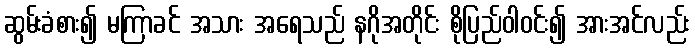
ဆွမ်းခံစား၍ မကြာခင် အသား အရေသည် နဂိုအတိုင်း စိုပြည်ဝါဝင်း၍ အားအင်လည်း